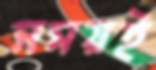
সময়ই